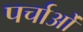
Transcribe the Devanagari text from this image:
पर्चाओं